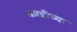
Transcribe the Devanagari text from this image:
कात्रीच्या